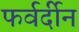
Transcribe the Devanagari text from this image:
फर्वर्दीन